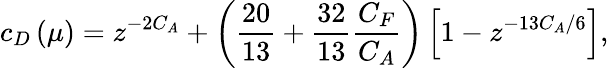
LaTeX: c_{D}\left(\mu\right)=z^{-2C_{A}}+\left(\frac{20}{13}+\frac{32}{13}\frac{C_{F}}{C_{A}}\right)\left[1-z^{-13C_{A}/6}\right],